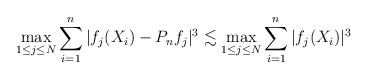
\begin{align*}\max_{1\leq j\leq N}\sum_{i=1}^n|f_j(X_i) - P_n f_j|^3 \lesssim \max_{1\leq j\leq N}\sum_{i=1}^n|f_j(X_i)|^3\end{align*}